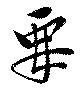
要